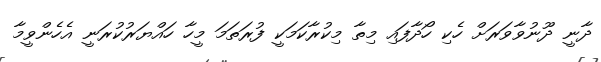
ދާނީ ދޫނުވާވަރަށް ހެކި ހޯދާފައި މިތާ މިކުރާކަމަކީ ފުރަތަމަ މީހާ ހައްޔަރުުކުރަނީ އެހެންވީމާ